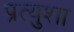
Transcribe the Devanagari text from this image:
प्रत्युशा